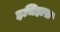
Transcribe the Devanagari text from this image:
इचिहारा